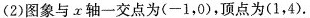
(2)图象与x轴一交点为(-1，0)，顶点为(1，4).